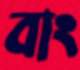
বাং